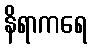
နိရာကရေ